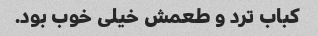
کباب ترد و طعمش خیلی خوب بود.